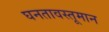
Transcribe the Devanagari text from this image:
घनतावस्तूमान